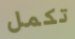
تكمل